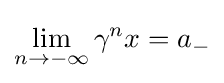
\lim _{n\to -\infty }\gamma ^{n}x=a_{-}